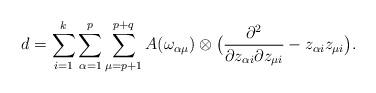
LaTeX: \begin{align*} d = \sum_{i=1}^k \sum_{\alpha=1}^p \sum_{\mu = p+1}^{p+q} A(\omega_{\alpha \mu}) \otimes \big( \frac{\partial^2}{\partial z_{\alpha i} \partial z_{\mu i}} - z_{\alpha i} z_{\mu i} \big).\end{align*}